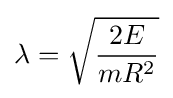
\lambda ={\sqrt {\frac {2E}{mR^{2}}}}